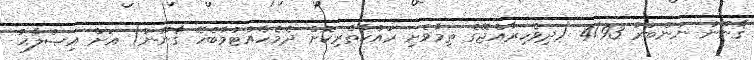
ޤާނޫނު ނަންބަރު 4/93 (ދިވެހިރާއްޖޭގެ ތިމާވެށި ރައްކާތެރިކޮށް ދެމެހެއްޓުމާބެހޭ ޤާނޫނު) އަށް އިޞްލާޙު